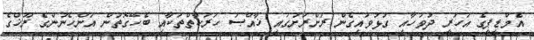
އެމްޑީޕީގެ އަހަރީ ދުވަހާއި ގުޅުވައިގެން ރަށްރަށުގައި ޚާއްޞަ ހަރަކާތްތަކާއި ބެހޭގޮތުން އަންހެނުންގެ ރޫޚްގެ